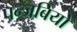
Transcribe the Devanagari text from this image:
पन्जबियो